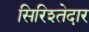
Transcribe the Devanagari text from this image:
सिरिश्तेदार